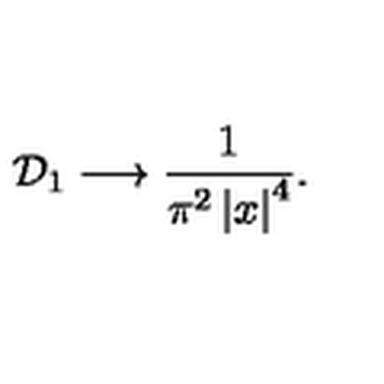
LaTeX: { \cal D } _ { 1 } \longrightarrow \frac { 1 } { \pi ^ { 2 } \left| x \right| ^ { 4 } } .